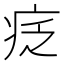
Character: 疺